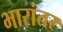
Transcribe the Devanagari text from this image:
भारांतर